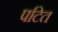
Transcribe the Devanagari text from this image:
पटित